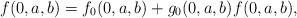
LaTeX: \begin{align*} f(0,a,b)&= f_0(0,a,b) + g_0(0,a,b) f(0,a,b), \end{align*}